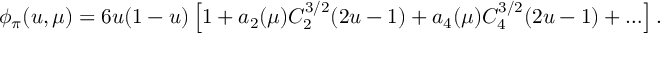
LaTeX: \phi _ { \pi } ( u , \mu ) = 6 u ( 1 - u ) \left[ 1 + a _ { 2 } ( \mu ) C _ { 2 } ^ { 3 / 2 } ( 2 u - 1 ) + a _ { 4 } ( \mu ) C _ { 4 } ^ { 3 / 2 } ( 2 u - 1 ) + \ldots \right] .